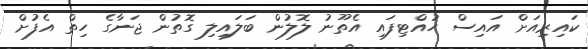
ކައިރިއަށް އައިސް ހުއްޓިފައި އެތޫނު ލޮލުން ބަލައިލި ގޮތުން ޖަނާގެ ހިތް އެފުށް